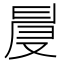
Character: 𠭙